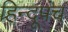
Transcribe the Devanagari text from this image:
हिन्दूपंच